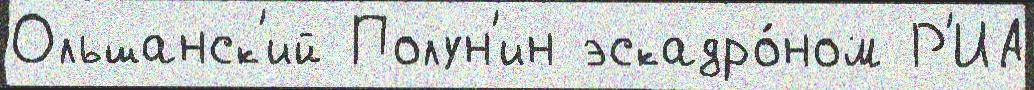
Ольшанск'ий Полун'ин эскадро́ном Р'ИА